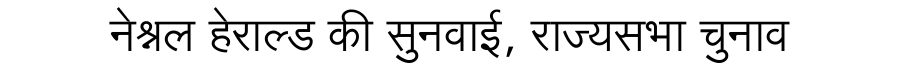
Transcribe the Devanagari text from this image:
नेश्नल हेराल्ड की सुनवाई, राज्यसभा चुनाव